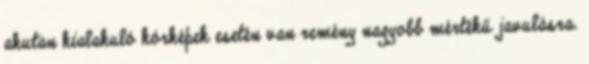
akutan kialakuló kórképek esetén van remény nagyobb mértékű javulásra.